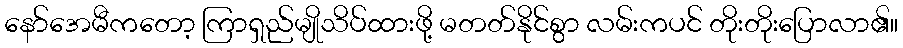
နော်အေမီကတော့ ကြာရှည်မျိုသိပ်ထားဖို့ မတတ်နိုင်စွာ လမ်းကပင် တိုးတိုးပြောလာ၏။